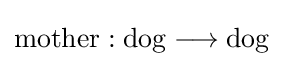
{\text{mother}}:{\text{dog}}\longrightarrow {\text{dog}}